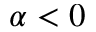
\alpha < 0